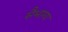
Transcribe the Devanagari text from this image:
सैभाग्य